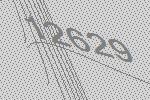
12629